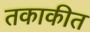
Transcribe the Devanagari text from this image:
तकाकीत